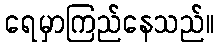
ရေမှာကြည်နေသည်။